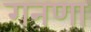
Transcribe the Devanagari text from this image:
गनणा